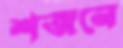
শজনে